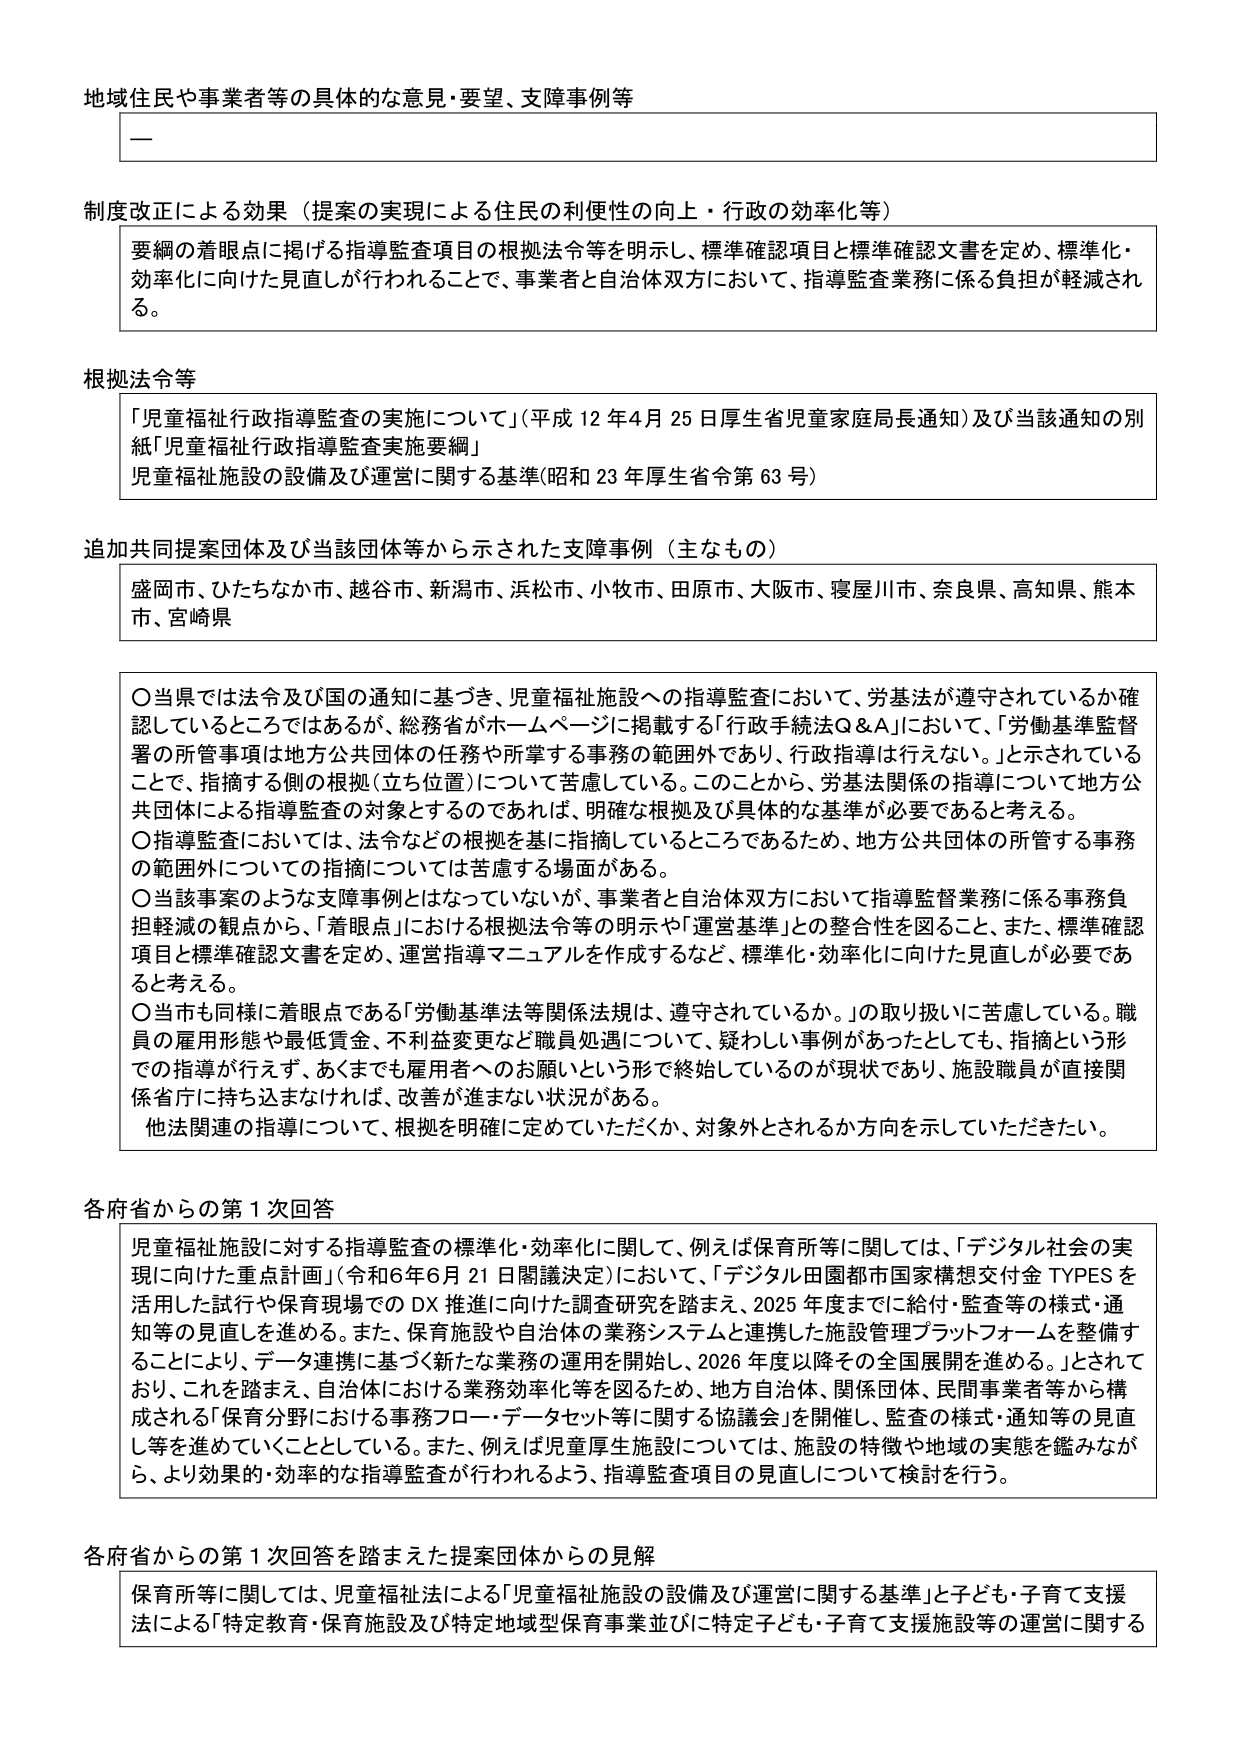
地域住民や事業者等の具体的な意見・要望、支障事例等

—

制度改正による効果（提案の実現による住民の利便性の向上・行政の効率化等）
要綱の着眼点に掲げる指導監査項目の根拠法令等を明示し、標準確認項目と標準確認文書を定め、標準化・効率化に向けた見直しが行われることで、事業者と自治体双方において、指導監査業務に係る負担が軽減される。

根拠法令等
「児童福祉行政指導監査の実施について」（平成12年4月25日厚生省児童家庭局長通知）及び当該通知の別紙「児童福祉行政指導監査実施要綱」
児童福祉施設の設備及び運営に関する基準（昭和23年厚生省令第63号）

追加共同提案団体及び当該団体等から示された支障事例（主なもの）
盛岡市、ひたちなか市、越谷市、新潟市、浜松市、小牧市、田原市、大阪市、寝屋川市、奈良県、高知県、熊本市、宮崎県

○ 当県では法令及び国の通知に基づき、児童福祉施設への指導監査において、労基法が遵守されているか確認しているところではあるが、総務省がホームページに掲載する「行政手続法Q&A」において、「労働基準監督署の所管事項は地方公共団体の任務や所掌する事務の範囲外であり、行政指導は行えない。」と示されていることで、指摘する側の根拠（立ち位置）について苦慮している。このことから、労基法関係の指導について地方公共団体による指導監査の対象とするのであれば、明確な根拠及び具体的な基準が必要であると考える。
○ 指導監査においては、法令などの根拠を基に指摘しているところであるため、地方公共団体の所管する事務の範囲外についての指摘については苦慮する場面がある。
○ 当該事案のような支障事例とはなっていないが、事業者と自治体双方において指導監督業務に係る事務負担軽減の観点から、「着眼点」における根拠法令等の明示や「運営基準」との整合性を図ること、また、標準確認項目と標準確認文書を定め、運営指導マニュアルを作成するなど、標準化・効率化に向けた見直しが必要であると考える。
○ 当市も同様に着眼点である「労働基準法等関係法規は、遵守されているか。」の取り扱いに苦慮している。職員の雇用形態や最低賃金、不利益変更など職員処遇について、疑わしい事例があったとしても、指摘という形での指導が行えず、あくまでも雇用者へのお願いという形で終始しているのが現状であり、施設職員が直接関係省庁に持ち込まなければ、改善が進まない状況がある。
他法関連の指導について、根拠を明確に定めていただくか、対象外とされるか方向を示していただきたい。

各府省からの第1次回答
児童福祉施設に対する指導監査の標準化・効率化に関して、例えば保育所等に関しては、「デジタル社会の実現に向けた重点計画」（令和6年6月21日閣議決定）において、「デジタル田園都市国家構想交付金 TYPES を活用した試行や保育現場での DX 推進に向けた調査研究を踏まえ、2025年度までに給付・監査等の様式・通知等の見直しを進める。また、保育施設や自治体の業務システムと連携した施設管理プラットフォームを整備することにより、データ連携に基づく新たな業務の運用を開始し、2026年度以降その全国展開を進める。」とされており、これを踏まえ、自治体における業務効率化等を図るため、地方自治体、関係団体、民間事業者等から構成される「保育分野における事務フロー・データセット等に関する協議会」を開催し、監査の様式・通知等の見直し等を進めていくこととしている。また、例えば児童厚生施設については、施設の特徴や地域の実態を鑑みながら、より効果的・効率的な指導監査が行われるよう、指導監査項目の見直しについて検討を行う。

各府省からの第1次回答を踏まえた提案団体からの見解
保育所等に関しては、児童福祉法による「児童福祉施設の設備及び運営に関する基準」と子ども・子育て支援法による「特定教育・保育施設及び特定地域型保育事業並びに特定子ども・子育て支援施設等の運営に関する